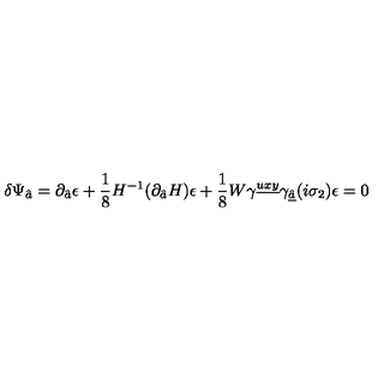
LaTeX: \delta \Psi _ { \hat { a } } = \partial _ { \hat { a } } \epsilon + { \frac { 1 } { 8 } } H ^ { - 1 } ( \partial _ { \hat { a } } H ) \epsilon + { \frac { 1 } { 8 } } W \gamma ^ { \underline { { u x y } } } \gamma _ { \underline { { \hat { a } } } } ( i \sigma _ { 2 } ) \epsilon = 0 \,